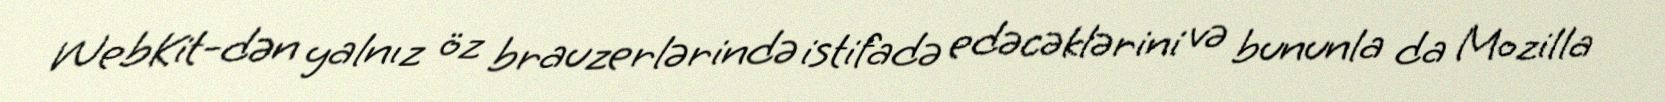
WebKit-dən yalnız öz brauzerlərində istifadə edəcəklərini və bununla da Mozilla